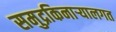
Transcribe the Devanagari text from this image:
समुद्रकिनार्‍यालगत